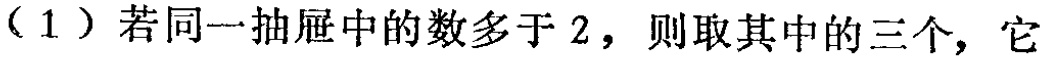
（1）若同一抽屉中的数多于 2，则取其中的三个，它